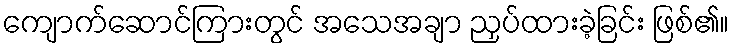
ကျောက်ဆောင်ကြားတွင် အသေအချာ ညှပ်ထားခဲ့ခြင်း ဖြစ်၏။